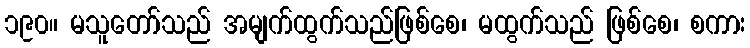
၁၉၀။ မသူတော်သည် အမျက်ထွက်သည်ဖြစ်စေ၊ မထွက်သည် ဖြစ်စေ၊ စကား